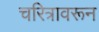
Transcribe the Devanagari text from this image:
चरित्रावरून